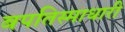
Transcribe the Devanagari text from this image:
बपतिस्माधारी